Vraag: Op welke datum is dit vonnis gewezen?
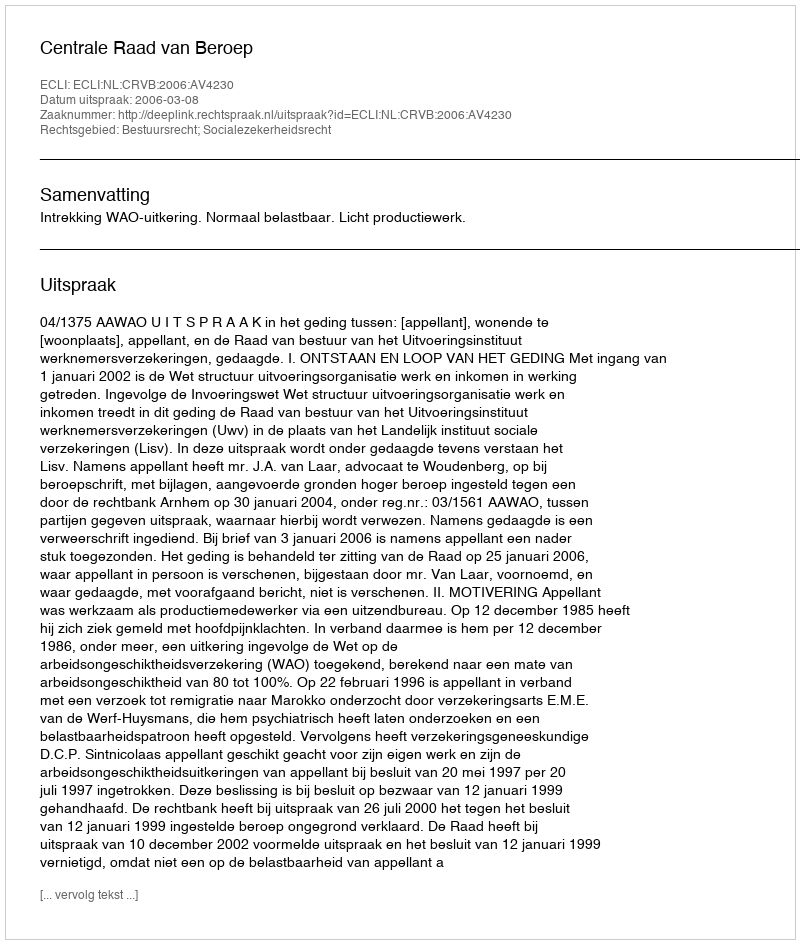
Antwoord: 2006-03-08